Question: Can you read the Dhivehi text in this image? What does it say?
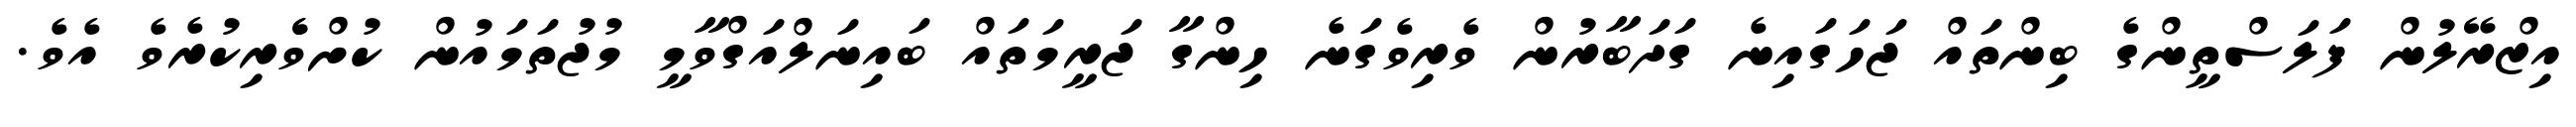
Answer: އިޒްރޭލުން ފަލަސްތީންގެ ބިންތައް ޖަހަގައިނެ ގަދަބާރުން ވެރިވެގަނެ ހިންގާ ޖަރީމަތައް ބައިނަލްއަގްވާމީ މުޖުތަމައުން ކުށްވެެރިކުރެވެ އެވެ.